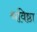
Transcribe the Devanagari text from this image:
श्रविष्ठा